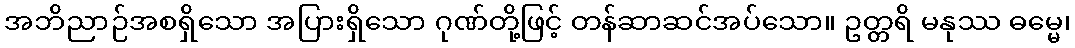
အဘိညာဉ်အစရှိသော အပြားရှိသော ဂုဏ်တို့ဖြင့် တန်ဆာဆင်အပ်သော။ ဥတ္တရိ မနုဿ ဓမ္မေ၊